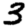
Digit: 3